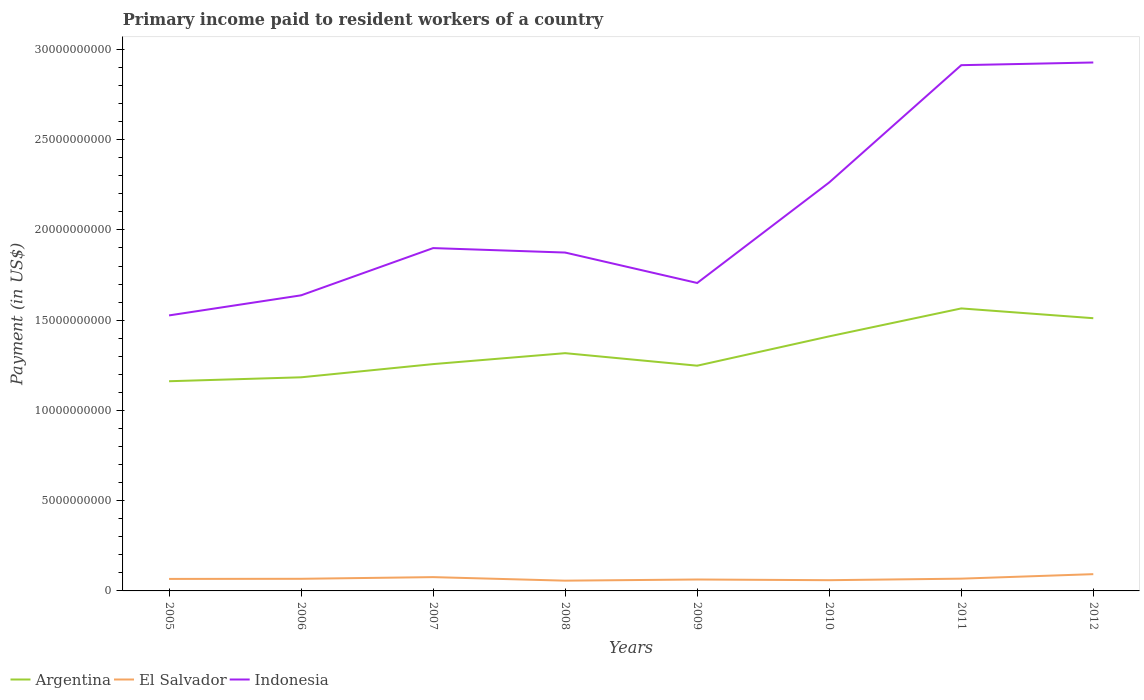
| Years | Argentina | El Salvador | Indonesia |
 | --- | --- | --- | --- |
 | 2005 | 1.16e+10 | 6.65e+08 | 1.53e+10 |
 | 2006 | 1.18e+10 | 6.72e+08 | 1.64e+10 |
 | 2007 | 1.26e+10 | 7.64e+08 | 1.9e+10 |
 | 2008 | 1.32e+10 | 5.68e+08 | 1.87e+10 |
 | 2009 | 1.25e+10 | 6.33e+08 | 1.71e+10 |
 | 2010 | 1.41e+10 | 5.95e+08 | 2.26e+10 |
 | 2011 | 1.57e+10 | 6.8e+08 | 2.91e+10 |
 | 2012 | 1.51e+10 | 9.29e+08 | 2.93e+10 |